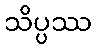
သိပ္ပဿ